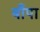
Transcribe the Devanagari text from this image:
बाँपा